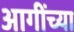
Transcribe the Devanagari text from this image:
आगींच्या